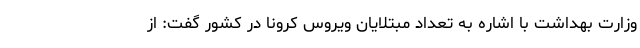
وزارت بهداشت با اشاره به تعداد مبتلایان ویروس کرونا در کشور گفت: از